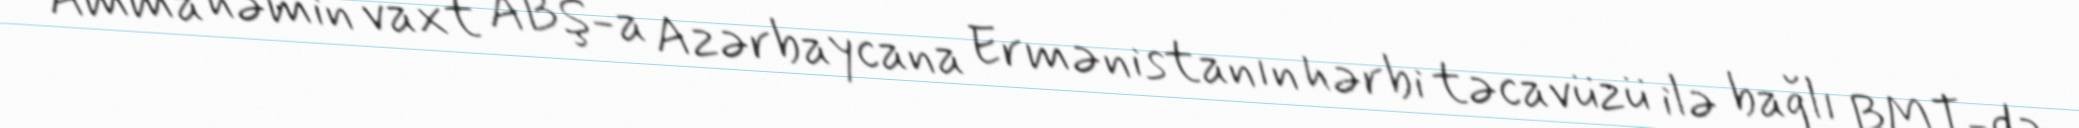
Amma həmin vaxt ABŞ-a Azərbaycana Ermənistanın hərbi təcavüzü ilə bağlı BMT-də